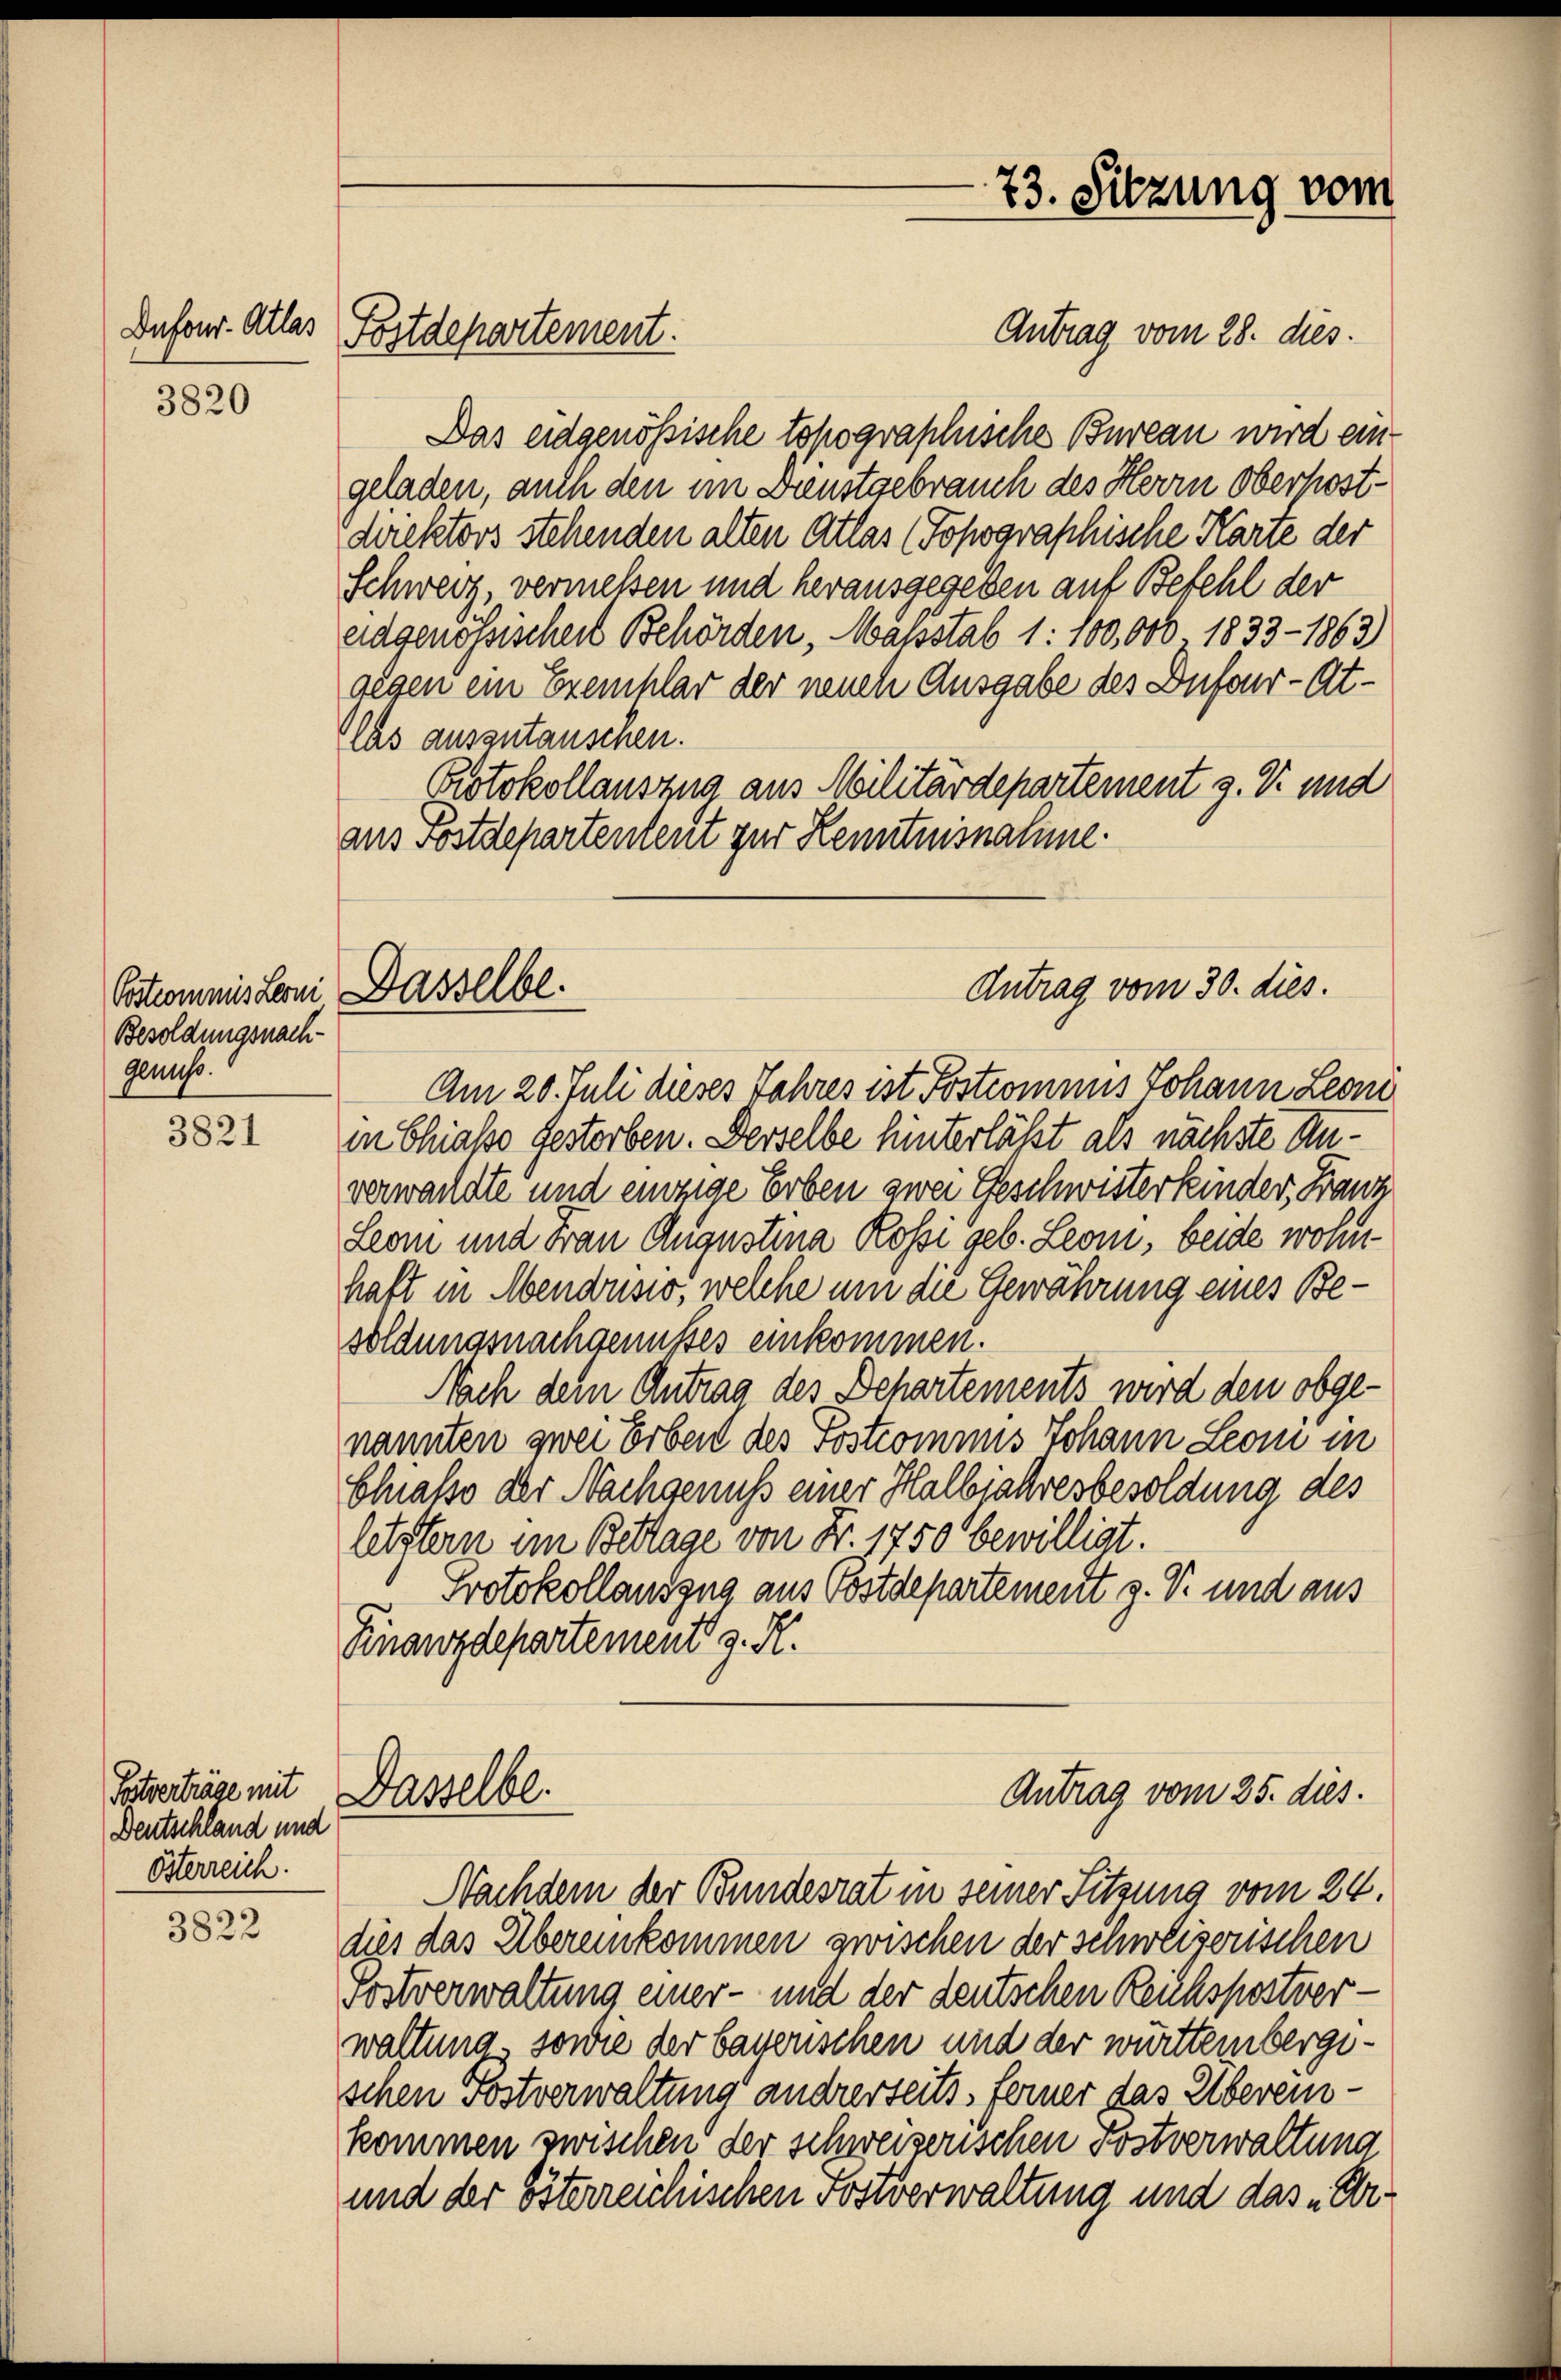
Dufour. Atlas

3820

Postcommis Leoni
Besoldungsnach-
genuss.

3821

Postverträge mit
Deutschland und
Österreich.

3822

Postdepartement.

Antrag vom 28. dies
Das eidgenössische topographische Bureau wird eingeladen, auch den im Dienstgebrauch des Herrn Oberpostdirektors stehenden alten Atlas (Topographische Karte der
Schweiz, vermessen und herausgegeben auf Befehl der
eidgenössischen Behörden, Massstab 1:100,000 1833 - 1863)
gegen ein Exemplar der nauch Ausgabe des Dufour-Atlas auszutauschen.
Protokollauszug aus Militärdepartement z. V. und
aus Postdepartentent zur Kenntnisnahme.

73. Sitzung vom

Antrag vom 30. dies.
Dasselbe.

Antrag vom 25. dies
Dasselbe.
Nachdem der Bundesrat in seiner Sitzung vom 24.

Am 20. Juli dieses Jahres ist Postcommis Johann Leoni
in Chiaße gestorben. Derselbe hinterläßt als nächste Anverwandte und einzige Erben zwei Geschwisterkinder, Franz
Leom und Frau Augustina Rosse geb. Leon, beide wohnhaft in Abendusio, welche um die Gewährung eines Besoldungsnachgenusses einkommen.
Nach dem Antrag des Behartements wird den obgenannten zwei Erbeit des Postcommis Johann Leon in
Chasse der Nachgenuß einer Halbjahresbesoldung des
letztern im Bettage von Fr. 1750 bewilligt.
Protokollauszug aus Postdepartement z. B. und aus
Finanzdepartement z. K.

dies das Übereinkommen zwischen der schweizerischen
Sostverwaltung einer- und der deutschen Reichsportverwaltung sowie der bayerischen und der württembergeschen Postverwaltung andrerseits, ferner das Albereinkommen zwischen der schweizerischen Postverwaltung
und der österreichischen Postverwaltung und das „Ur¬